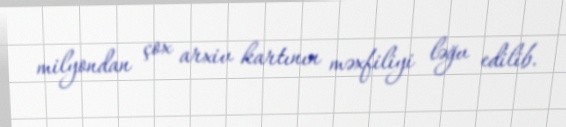
milyondan çox arxiv kartının məxfiliyi ləğv edilib.